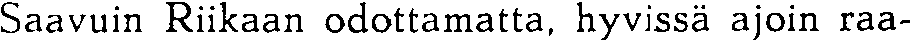
Saavuin Riikaan odottamatta, hyvissä ajoin raa-